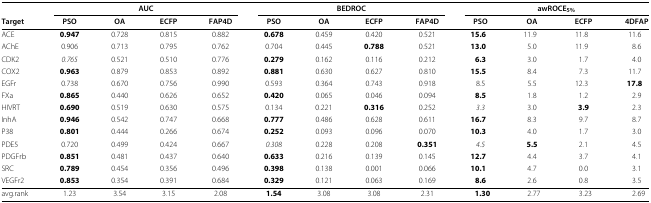
<table><thead><tr><td><b> </b></td><td colspan="4"><b>AUC</b></td><td colspan="4"><b>BEDROC</b></td><td colspan="4"><b>awROCE<sub>5%</sub></b></td></tr><tr><td><b>Target</b></td><td><b>PSO</b></td><td><b>OA</b></td><td><b>ECFP</b></td><td><b>FAP4D</b></td><td><b>PSO</b></td><td><b>OA</b></td><td><b>ECFP</b></td><td><b>FAP4D</b></td><td><b>PSO</b></td><td><b>OA</b></td><td><b>ECFP</b></td><td><b>4DFAP</b></td></tr></thead><tbody><tr><td>ACE</td><td><b>0.947</b></td><td>0.728</td><td>0.815</td><td>0.882</td><td><b>0.678</b></td><td>0.459</td><td>0.420</td><td>0.521</td><td><b>15.6</b></td><td>11.9</td><td>11.8</td><td>11.6</td></tr><tr><td>AChE</td><td>0.906</td><td>0.713</td><td>0.795</td><td>0.762</td><td>0.704</td><td>0.445</td><td><b>0.788</b></td><td>0.521</td><td><b>13.0</b></td><td>5.0</td><td>11.9</td><td>8.6</td></tr><tr><td>CDK2</td><td><i>0.765</i></td><td>0.521</td><td>0.510</td><td>0.776</td><td><b>0.279</b></td><td>0.162</td><td>0.116</td><td>0.212</td><td><b>6.3</b></td><td>3.0</td><td>1.7</td><td>4.0</td></tr><tr><td>COX2</td><td><b>0.963</b></td><td>0.879</td><td>0.853</td><td>0.892</td><td><b>0.881</b></td><td>0.630</td><td>0.627</td><td>0.810</td><td><b>15.5</b></td><td>8.4</td><td>7.3</td><td>11.7</td></tr><tr><td>EGFr</td><td>0.738</td><td>0.670</td><td>0.756</td><td>0.990</td><td>0.593</td><td>0.364</td><td>0.743</td><td>0.918</td><td>8.5</td><td>5.5</td><td>12.3</td><td><b>17.8</b></td></tr><tr><td>FXa</td><td><b>0.865</b></td><td>0.440</td><td>0.626</td><td>0.652</td><td><b>0.420</b></td><td>0.065</td><td>0.046</td><td>0.094</td><td><b>8.5</b></td><td>1.8</td><td>1.2</td><td>2.9</td></tr><tr><td>HIVRT</td><td><b>0.690</b></td><td>0.519</td><td>0.630</td><td>0.575</td><td>0.134</td><td>0.221</td><td><b>0.316</b></td><td>0.252</td><td><i>3.3</i></td><td>3.0</td><td><b>3.9</b></td><td>2.3</td></tr><tr><td>InhA</td><td><b>0.946</b></td><td>0.542</td><td>0.747</td><td>0.668</td><td><b>0.777</b></td><td>0.486</td><td>0.628</td><td>0.611</td><td><b>16.7</b></td><td>8.3</td><td>9.7</td><td>8.7</td></tr><tr><td>P38</td><td><b>0.801</b></td><td>0.444</td><td>0.266</td><td>0.674</td><td><b>0.252</b></td><td>0.093</td><td>0.096</td><td>0.070</td><td><b>10.3</b></td><td>4.0</td><td>1.7</td><td>3.0</td></tr><tr><td>PDE5</td><td>0.720</td><td>0.499</td><td>0.424</td><td>0.667</td><td><i>0.308</i></td><td>0.228</td><td>0.208</td><td><b>0.351</b></td><td><i>4.5</i></td><td><b>5.5</b></td><td>2.1</td><td>4.5</td></tr><tr><td>PDGFrb</td><td><b>0.851</b></td><td>0.481</td><td>0.437</td><td>0.640</td><td><b>0.633</b></td><td>0.216</td><td>0.139</td><td>0.145</td><td><b>12.7</b></td><td>4.4</td><td>3.7</td><td>4.1</td></tr><tr><td>SRC</td><td><b>0.789</b></td><td>0.454</td><td>0.356</td><td>0.496</td><td><b>0.398</b></td><td>0.138</td><td>0.001</td><td>0.066</td><td><b>10.1</b></td><td>4.7</td><td>0.0</td><td>3.1</td></tr><tr><td>VEGFr2</td><td><b>0.853</b></td><td>0.354</td><td>0.391</td><td>0.684</td><td><b>0.329</b></td><td>0.121</td><td>0.063</td><td>0.169</td><td><b>8.6</b></td><td>2.6</td><td>0.8</td><td>3.5</td></tr><tr><td>avg.rank</td><td>1.23</td><td>3.54</td><td>3.15</td><td>2.08</td><td><b>1.54</b></td><td>3.08</td><td>3.08</td><td>2.31</td><td><b>1.30</b></td><td>2.77</td><td>3.23</td><td>2.69</td></tr></tbody></table>